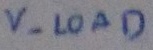
Text: V- LOAD